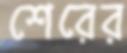
শেরের